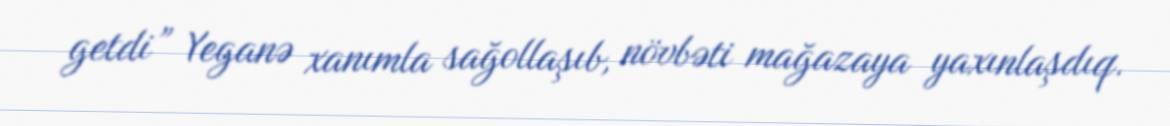
getdi” Yeganə xanımla sağollaşıb, növbəti mağazaya yaxınlaşdıq.